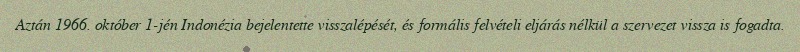
Aztán 1966. október 1-jén Indonézia bejelentette visszalépését, és formális felvételi eljárás nélkül a szervezet vissza is fogadta.